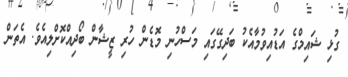
ގުޅި ޝައިމްގެ އަޑުއިވުމާއެކު ބަދިގޭގައި މަސްހުނި މޮޑެން ހުރި ޒީޝާން ބޯދިއްކޮށްލިއެވެ. އެތަން